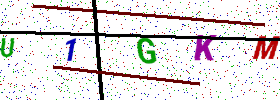
Text: U1GKM